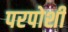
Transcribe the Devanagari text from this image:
परपोशी